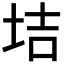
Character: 𡋥